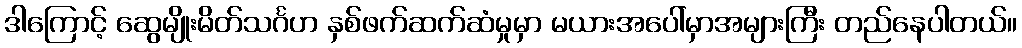
ဒါကြောင့် ဆွေမျိုးမိတ်သင်္ဂဟ နှစ်ဖက်ဆက်ဆံမှုမှာ မယားအပေါ်မှာအများကြီး တည်နေပါတယ်။